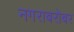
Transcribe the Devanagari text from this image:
नगराबरोबर